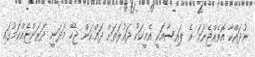
ނުދައްކާ އޮވެއްޖެނަމަ އެ ފައިސާއަކީ އެމީހަކު ދައުލަތަށް ދައްކަން ޖެހޭ މަދަނީ ދަރަންޏެއްކަމުގައި